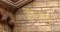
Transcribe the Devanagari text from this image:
टेंडलर